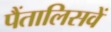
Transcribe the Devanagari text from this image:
पैंतालिसवें